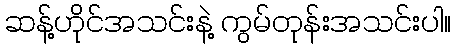
ဆန့်ဟိုင်အသင်းနဲ့ ကွမ်တုန်းအသင်းပါ။